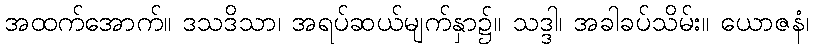
အထက်အောက်။ ဒသဒိသာ၊ အရပ်ဆယ်မျက်နှာ၌။ သဒ္ဒါ၊ အခါခပ်သိမ်း။ ယောဇနံ၊